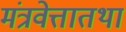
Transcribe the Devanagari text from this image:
मंत्रवेत्तातथा